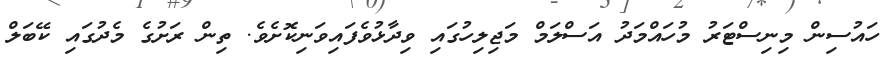
ހައުސިން މިނިސްޓަރު މުހައްމަދު އަސްލަމް މަޖިލިހުގައި ވިދާޅުވެފައިވަނިކޮށެވެ. ތިން ރަށުގެ މެދުގައި ކޭބަލް